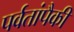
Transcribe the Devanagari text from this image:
पर्वतांपैकी